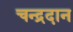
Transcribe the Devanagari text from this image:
चन्द्रदान